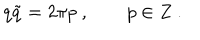
q \tilde { q } = 2 \pi p \ , \qquad p \in Z \ .